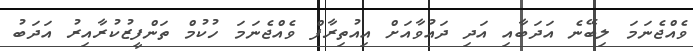
ވެއްޖެނަމަ ލިބޭނެ އަދަބާއި އަދި ދައުވާއަށް އިއުތިރާފް ވެއްޖެނަމަ ހުކުމް ތަންފީޒުކުރާއިރު އަދަބު